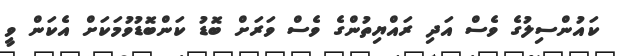
ކައުންސިލުގެ ވެސް އަދި ރައްޔިތުންގެ ވެސް ވަރަށް ބޮޑު ކަންބޮޑުވުމަކަށް އެކަން ވީ